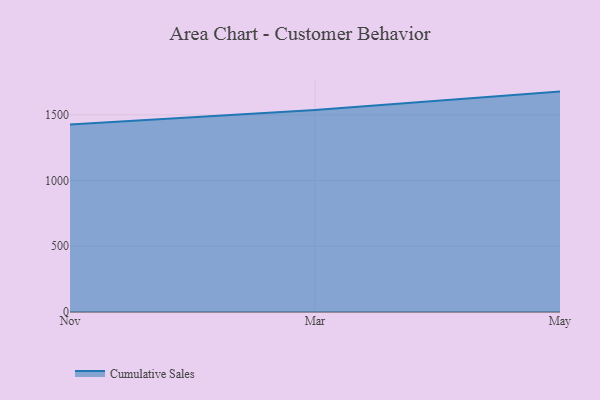
{"axis": {"x": "Month", "y": "Revenue (USD Million)"}, "legend": ["Cumulative Sales"], "data": [{"x": "Nov", "y": 1425.6, "type": "Cumulative Sales"}, {"x": "Mar", "y": 1536.8, "type": "Cumulative Sales"}, {"x": "May", "y": 1676.7, "type": "Cumulative Sales"}]}